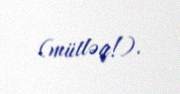
(mütləq!).